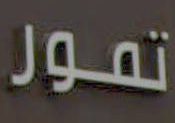
تمور